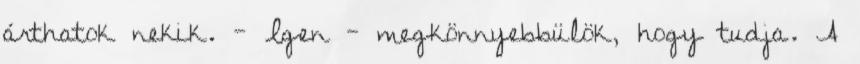
árthatok nekik. - Igen - megkönnyebbülök, hogy tudja. A